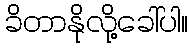
ခိတာနိုလို့ခေါ်ပါ။